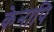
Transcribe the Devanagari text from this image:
केनापि